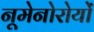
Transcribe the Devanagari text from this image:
नूमेनोरोयों